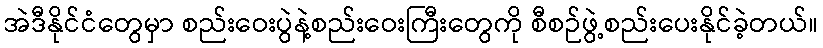
အဲဒီနိုင်ငံတွေမှာ စည်းဝေးပွဲနဲ့စည်းဝေးကြီးတွေကို စီစဉ်ဖွဲ့စည်းပေးနိုင်ခဲ့တယ်။